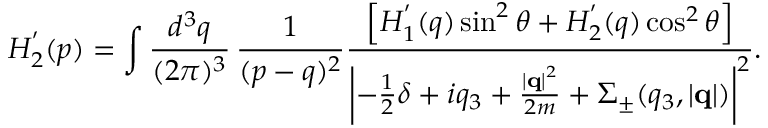
H _ { 2 } ^ { ' } ( p ) = \int \frac { d ^ { 3 } q } { ( 2 \pi ) ^ { 3 } } \, \frac { 1 } { ( p - q ) ^ { 2 } } \frac { \left[ H _ { 1 } ^ { ' } ( q ) \sin ^ { 2 } \theta + H _ { 2 } ^ { ' } ( q ) \cos ^ { 2 } \theta \right] } { \left| - \frac { 1 } { 2 } \delta + i q _ { 3 } + \frac { \left| { \bf q } \right| ^ { 2 } } { 2 m } + \Sigma _ { \pm } ( q _ { 3 } , \left| { \bf q } \right| ) \right| ^ { 2 } } .